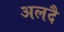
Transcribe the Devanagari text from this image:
अलदै